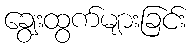
ချွေးထွက်များခြင်း